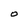
Character: 0